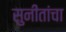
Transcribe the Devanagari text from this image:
सुनीतांचा